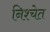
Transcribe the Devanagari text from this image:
निश्चेत